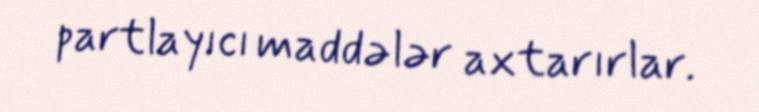
partlayıcı maddələr axtarırlar.